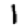
Digit: 1